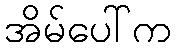
အိမ်ပေါ်က